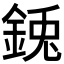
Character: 𮡺